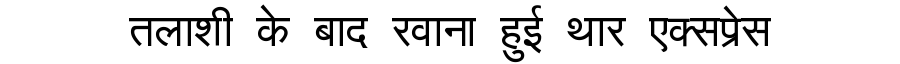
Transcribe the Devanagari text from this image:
तलाशी के बाद रवाना हुई थार एक्सप्रेस